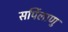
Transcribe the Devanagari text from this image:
सर्पिलाणु